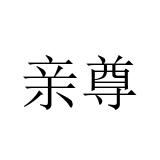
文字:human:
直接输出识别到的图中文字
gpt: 亲尊